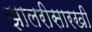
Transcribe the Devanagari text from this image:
झालरीसारखी